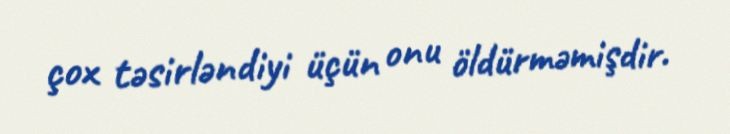
çox təsirləndiyi üçün onu öldürməmişdir.